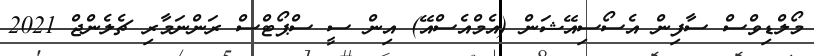
މޯލްޑިވްސް ސާފިން އެސޯސިއޭޝަން (އެމްއެސްއޭ) އިން ސީ ސްޕޯޓްސް ރަންނަމާރި ޗެލެންޖް 2021